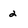
Character: 2